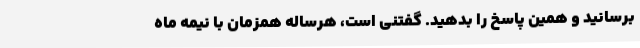
برسانید و همین پاسخ را بدهید. گفتنی است، هرساله همزمان با نیمه ماه